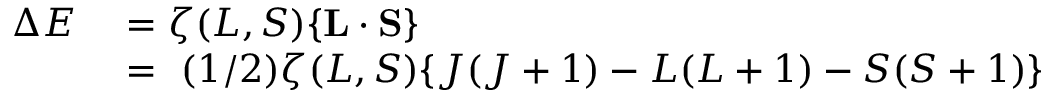
\begin{array} { r l } { \Delta E } & { { } = \zeta ( L , S ) \{ \mathbf { L } \cdot \mathbf { S } \} } \\ { \ } & { { } = \ ( 1 / 2 ) \zeta ( L , S ) \{ J ( J + 1 ) - L ( L + 1 ) - S ( S + 1 ) \} } \end{array}